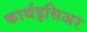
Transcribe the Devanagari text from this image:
कार्थइसिअर